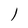
Character: 1